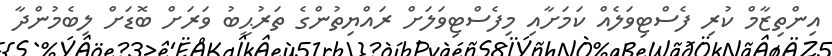
އިންތިޒާމް ކުރި ފެސްޓިވަލެއް ކަމަށާއި މިފެސްޓިވަލަށް ރައްޔިތުންގެ ތަރުޙީބު ވަރަށް ބޮޑަށް ލިބެމުންދާ